Lunatic asylums United Provinces 1899-1908 - 1899-1908
Year: 1899
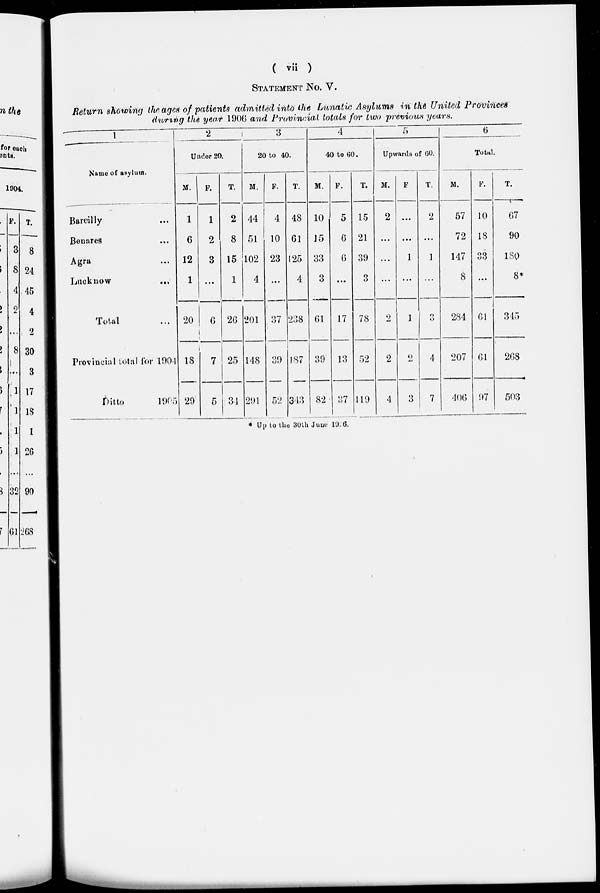
( vii )
STATEMENT NO. V.
Return showing the ages of patients admitted into the Lunatic Asylums in the United Provinces
during the year 1906 and Provincial totals for two previous years.
1
Name of asylum.
Bareilly ...
Benares ...
Agra ...
Lucknow ...
Total ...
Provincial total for 1904
Ditto
1905
2
Under 20.
M.
1
6
12
1
20
18
29
F.
1
2
3
...
6
7
5
T.
2
8
15
1
26
25
34
3
20 to 40.
M.
44
51
102
4
201
148
291
F.
4
10
23
...
37
39
52
T.
48
61
125
4
238
187
343
4
40 to 60.
M.
10
15
33
3
61
39
82
F.
5
6
6
...
17
13
37
T.
15
21
39
3
78
52
119
5
Upwards of 60.
M.
2
...
...
...
2
2
4
F.
...
...
1
...
1
2
3
T.
2
...
1
...
3
4
7
6
Total.
M.
57
72
147
8
284
207
406
F.
10
18
33
...
61
61
97
T.
67
90
180
8*
345
268
503
* Up to the 30th June 1926.